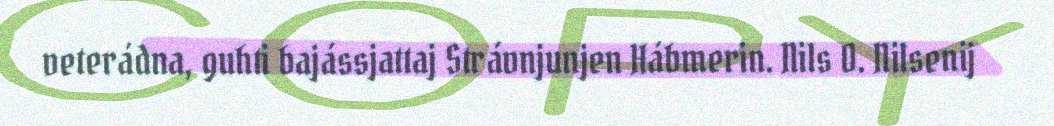
veterádna, guhti bajássjattaj Strávnjunjen Hábmerin. Nils O. Nilsenij